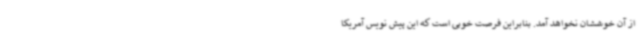
از آن خوششان نخواهد آمد. بنابراین فرصت خوبی است که این پیش نویس آمریکا